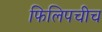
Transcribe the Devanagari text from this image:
फिलिपचीच